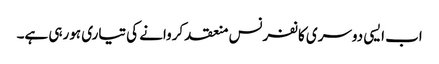
اب ایسی دوسری کانفرنس منعقد کروانے کی تیاری ہورہی ہے۔